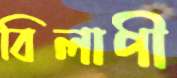
বিলাপী